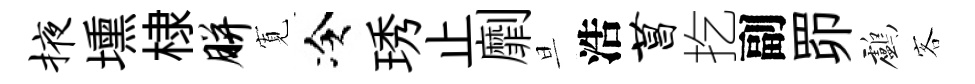
掖壎棣胼𡩖冷琇止劘旦浩菖扢副𦊑鸕客